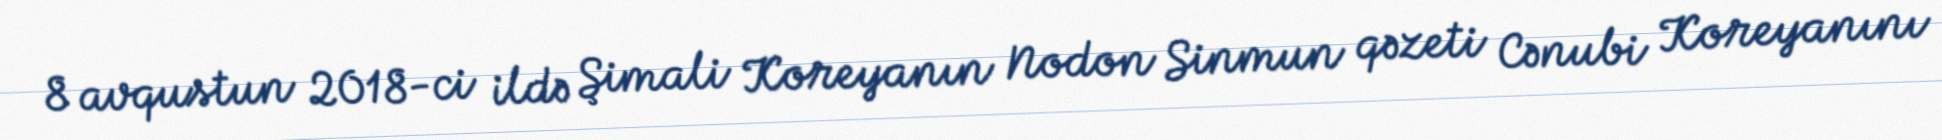
8 avqustun 2018-ci ildə Şimali Koreyanın Nodon Sinmun qəzeti Cənubi Koreyanını